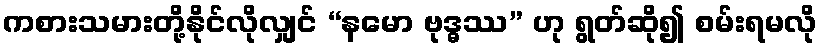
ကစားသမားတို့နိုင်လိုလျှင် “နမော ဗုဒ္ဓဿ” ဟု ရွတ်ဆို၍ စမ်းရမလို